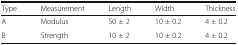
| Type | Measurement | Length | Width | Thickness |
 | --- | --- | --- | --- | --- |
 | A | Modulus | 50 ± 2 | 10 ± 0.2 | 4 ± 0.2 |
 | B | Strength | 10 ± 2 | 10 ± 0.2 | 4 ± 0.2 |